Tezpur Lunatic Asylum reports 1877-1894 - 1877-1894
Year: 1877
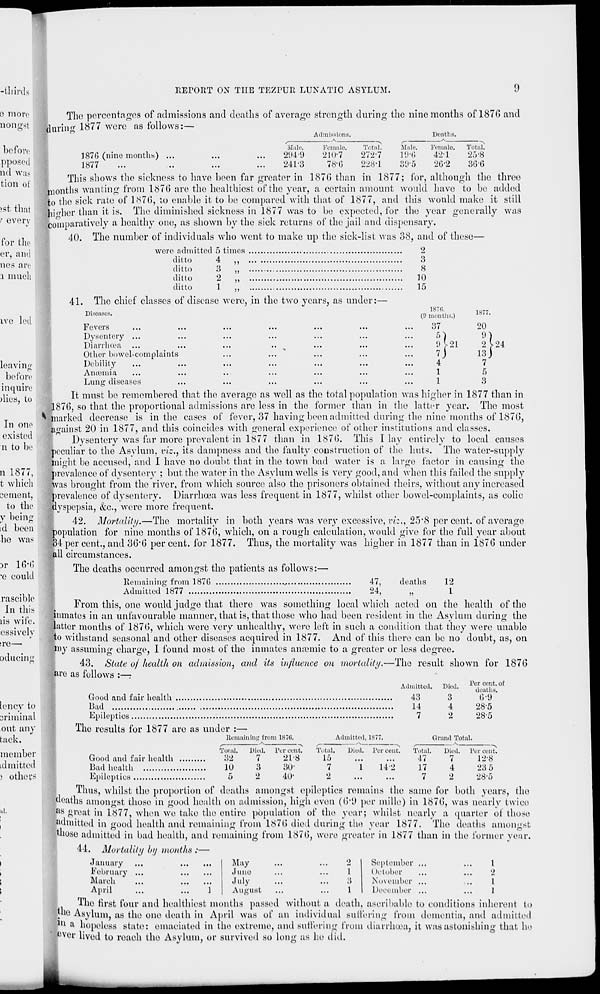
REPORT ON THE TEZPUR LUNATIC ASYLUM.
9
The percentages of admissions and deaths of a\
)!•(>
lurim 1877 were as follows:—
^crage strength during the nine months ofli
Male.
2'.)4!)
241-3
Admissions.
^
N
,
Female.
Total.
Male.
210-7
272-7
I'.l-i;
78-G
228-1
3 f J-5
Deaths.
Female.
42-1
2G-2
Total.
25-8
3G-6
76 and
3
8
10
15
1870.
(!) months.)
1877
37
20
5 1
9
«.) V21
2
7j
13
4
7
1
5
1
3
24
187G (nine months) ...
1877
This shows the sickness to have been far greater in 187G than in 1877; for, although the three
months wanting from 1876 are the healthiest of the year, a certain amount would have to be added
to the sick rate of 1876, to enable it to be compared with that of 1877, and this would make it still
hio-her than it is. The diminished sickness in 1877 was to be expected, for the year generally was
comparatively a healthy one, as shown by the sick returns of the jail and dispensary.
40. The number of individuals who went to make up the sick-list was 38, and of these—
were admitted 5 times
2
ditto
4
ditto
3
ditto
2
ditto
1
41. The chief classes of disease were, in the two years, as under:—
Diseases.
1 (j\ Lib
...
...
...
...
...
...
Dysentery ...
Diarrhoea
Other bowel-complaints
Debility
Amemia
Lung diseases
It must be remembered that the average as well as the total population was higher in 1877 than in
1876, so that the proportional admissions are less in the former than in the latter year. The most
^-marked decrease; is in the cases of fever, 37 having been admitted during the nine months of 1870",
against 20 in 1877, and this coincides with general experience of other institutions and classes.
Dysentery was far more prevalent in 1877 than in 187b*. This I lay entirely to local causes
peculiar to the Asylum, viz., its dampness and the faulty construction of the huts. The water-supply
might bo accused, and I have no doubt that in the town bad water is a large factor in causing the
prevalence of dysentery ; but the water in the Asylum wells is very good, and when this failed the supply
was brought from the river, from which source also the prisoners obtained theirs, without any increased
prevalence of dysentery. Diarrhoea was less frequent in 1877, whilst other bowel-complaints, as colic
dyspepsia, &c, were more frequent.
42. Mortality.—The mortality in both years was very excessive, viz., 25*8 per cent, of average
population for nine months of 187(5, which, on a rough calculation, would give for the full year about
34 per cent., and 36'G percent, for 1877. Thus, the mortality was higher in 1877 than in 187G under
all circumstances.
The deaths occurred amongst the patients as follows:—
Remaining from 1876
47,
deaths
12
Admitted 1877
24,
„
1
From this, one would judge that there was something local which acted on the health of the
inmates in an unfavourable manner, that is, that those who had been resident in the Asylum during the
latter months of 187G, which w r ere very unhealthy, were left in such a condition that they w r ere unable
to withstand seasonal and other diseases acquired in 1877. And of this there can be no doubt, as, on
|juy assuming charge, 1 found most of the inmates amende to a greater or less degree.
43. State o/ health on admission, and its influence on mortality.—The result shown for 187G
are as follows :—-.
Admitted
43
14
7
Died.
3
4
2
Grand Tot
Per cent, of
deaths.
6*9
Bad
98-5
9 8'5
The results for 1877 are as under :—
Remaining from 1870.
Admitted, 1877.
al.
Good and lair health ...
Total.
32
Died. Per cent.
7
21-8
3
30-
2
40-
Total.
Died. Per cent.
15
7
1
14-2
2
Total.
47
17
7
Died.
7
4
2
Per eel it.
12*8
Bad health
10
23 5
5
28-5
Thus, whilst the proportion of deaths amongst epileptics remains the same for both years, the
deaths amongst those in good health on admission, high even (6*9 per mille) in 187G, was nearly twice
as great in 1877, when we take the entire population of the year; whilst nearly a quarter of those
Mmitted in good health and remaining from 1876 died during the year 1877. The deaths amomrst
mose admitted in bad health, and remaining from 187G, were greater in 1877 than in the former year.
44. Mortality by months :—
May
...
...
2
June
...
...
1
July
...
...
3
January
February
Maroh
April
August
September
October
November
December
1
2
1
1
The first four and healthiest months passed without a death, ascribable to conditions inherent to
. e Asylum, as the one death in April was of an individual suffering from dementia, and admitted
111 it hopeless state: emaciated in the extreme, ami Buffering from diarrhuea, it was astonishing that he
uver lived to reach the Asylum, or survived so long as he did.